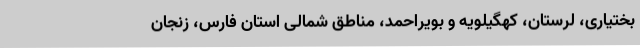
بختیاری، لرستان، کهگیلویه و بویراحمد، مناطق شمالی استان فارس، زنجان